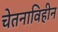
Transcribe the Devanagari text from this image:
चेतनाविहीन